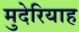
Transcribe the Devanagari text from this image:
मुदेरियाह